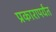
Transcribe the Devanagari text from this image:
प्रकारापर्यंत